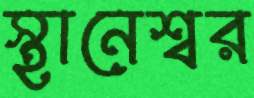
স্থানেশ্বর